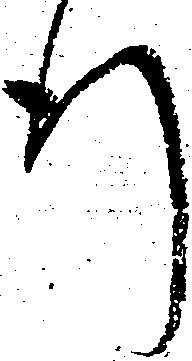
行